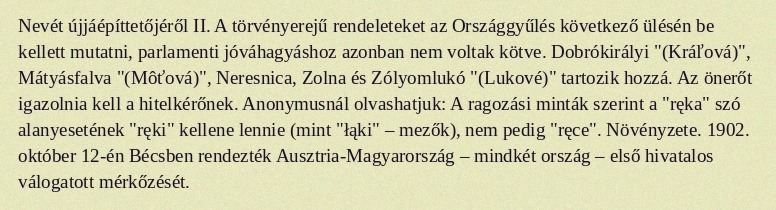
Nevét újjáépíttetőjéről II. A törvényerejű rendeleteket az Országgyűlés következő ülésén be kellett mutatni, parlamenti jóváhagyáshoz azonban nem voltak kötve. Dobrókirályi "(Kráľová)", Mátyásfalva "(Môťová)", Neresnica, Zolna és Zólyomlukó "(Lukové)" tartozik hozzá. Az önerőt igazolnia kell a hitelkérőnek. Anonymusnál olvashatjuk: A ragozási minták szerint a "ręka" szó alanyesetének "ręki" kellene lennie (mint "łąki" – mezők), nem pedig "ręce". Növényzete. 1902. október 12-én Bécsben rendezték Ausztria-Magyarország – mindkét ország – első hivatalos válogatott mérkőzését.